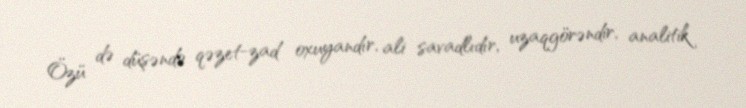
Özü də düşəndə qəzet-zad oxuyandır, ali savadlıdır, uzaqgörəndir, analitik